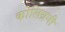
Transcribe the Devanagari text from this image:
कोलिग्रनी